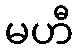
မဟီ